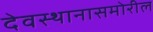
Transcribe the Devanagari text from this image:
देवस्थानासमोरील